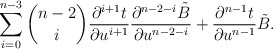
\begin{align*} \sum_{i=0}^{n-3}\binom{n-2}{i}\frac{\partial^{i+1}t}{\partial u^{i+1}}\frac{\partial^{n-2-i}\tilde{B}}{\partial u^{n-2-i}}+\frac{\partial^{n-1}t}{\partial u^{n-1}}\tilde{B}.\end{align*}